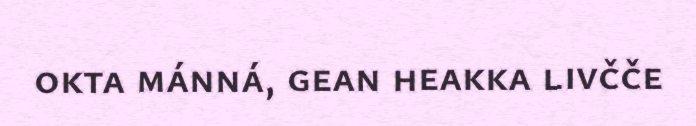
okta mánná, gean heakka livčče